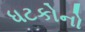
ધટકોનો